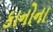
કાનોના